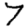
Digit: 7